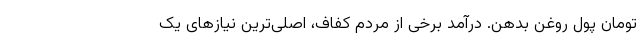
تومان پول روغن بدهن. درآمد برخی از مردم کفاف، اصلی‌ترین نیازهای یک